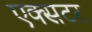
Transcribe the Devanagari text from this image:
एक्सटर